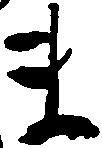
ま